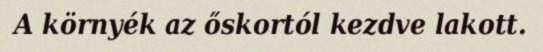
A környék az őskortól kezdve lakott.